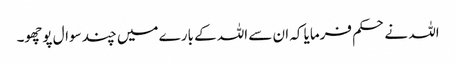
اللہ نے حکم فرمایا کہ ان سے اللہ کے بارے میں چند سوال پوچھو۔